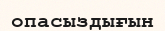
опасыздығын